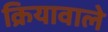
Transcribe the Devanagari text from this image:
क्रियावाले